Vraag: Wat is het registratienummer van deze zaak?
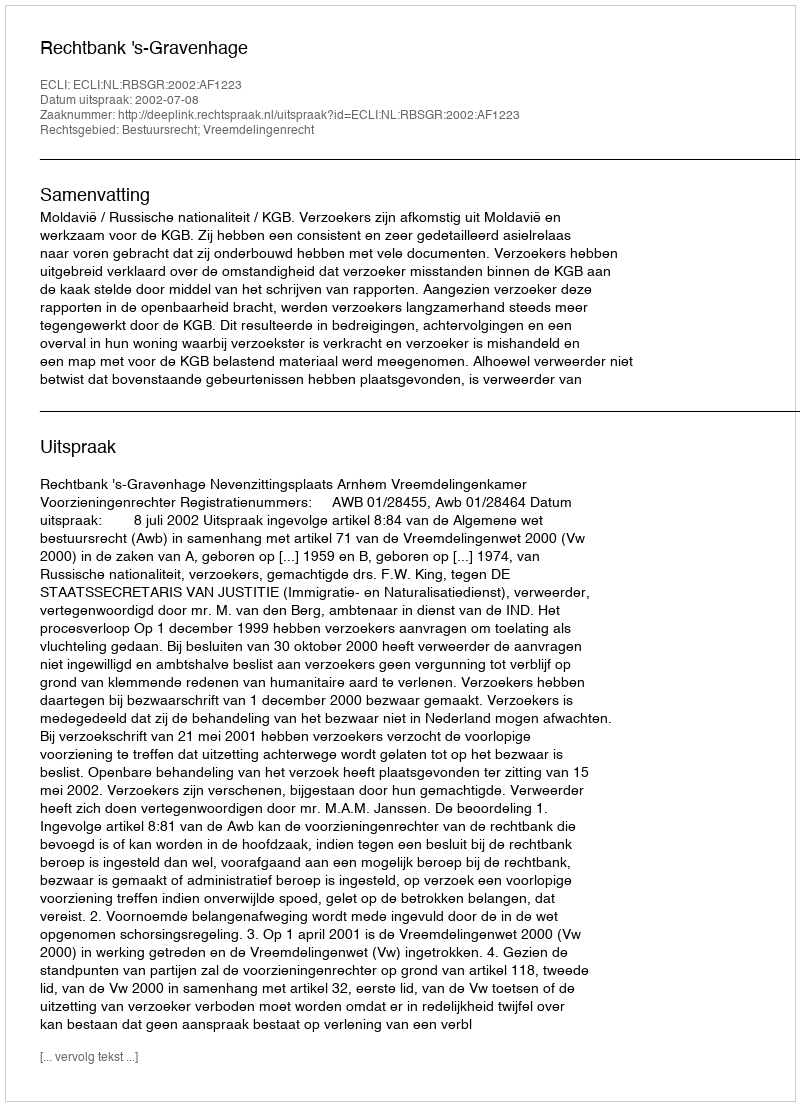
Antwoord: http://deeplink.rechtspraak.nl/uitspraak?id=ECLI:NL:RBSGR:2002:AF1223